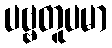
ပဗ္ဗတူပမာ